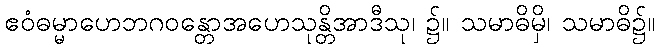
ဧဝံဓမ္မာဟေဘဂဝန္တောအဟေသုန္တိအာဒီသု၊ ၌။ သမာဓိမှိ၊ သမာဓိ၌။